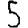
Digit: 5